画像に写った文字を読んでください
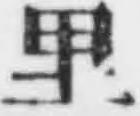
「里」と書いてあります